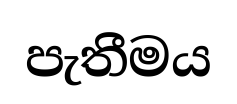
පැතීමය